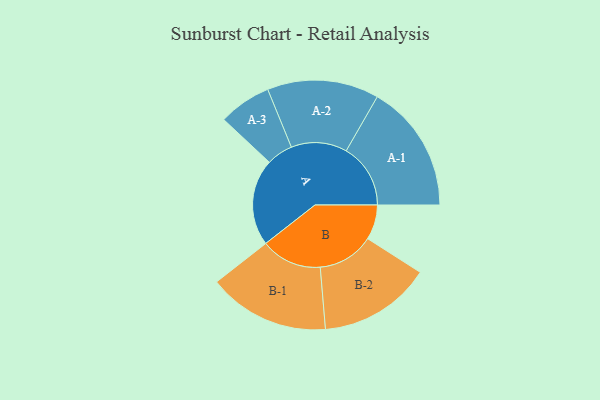
{"axis": {"x": "Segment", "y": "Value"}, "legend": ["", "A", "B"], "data": [{"x": "A", "y": 398, "type": ""}, {"x": "B", "y": 160, "type": ""}, {"x": "A-1", "y": 295, "type": "A"}, {"x": "A-2", "y": 256, "type": "A"}, {"x": "A-3", "y": 121, "type": "A"}, {"x": "B-1", "y": 279, "type": "B"}, {"x": "B-2", "y": 258, "type": "B"}]}